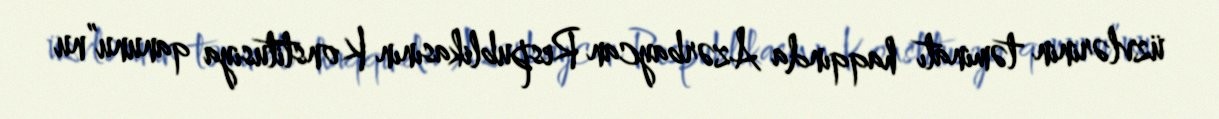
üzvlərinin təminatı haqqında Azərbaycan Respublikasının Konstitusiya qanunu”nu